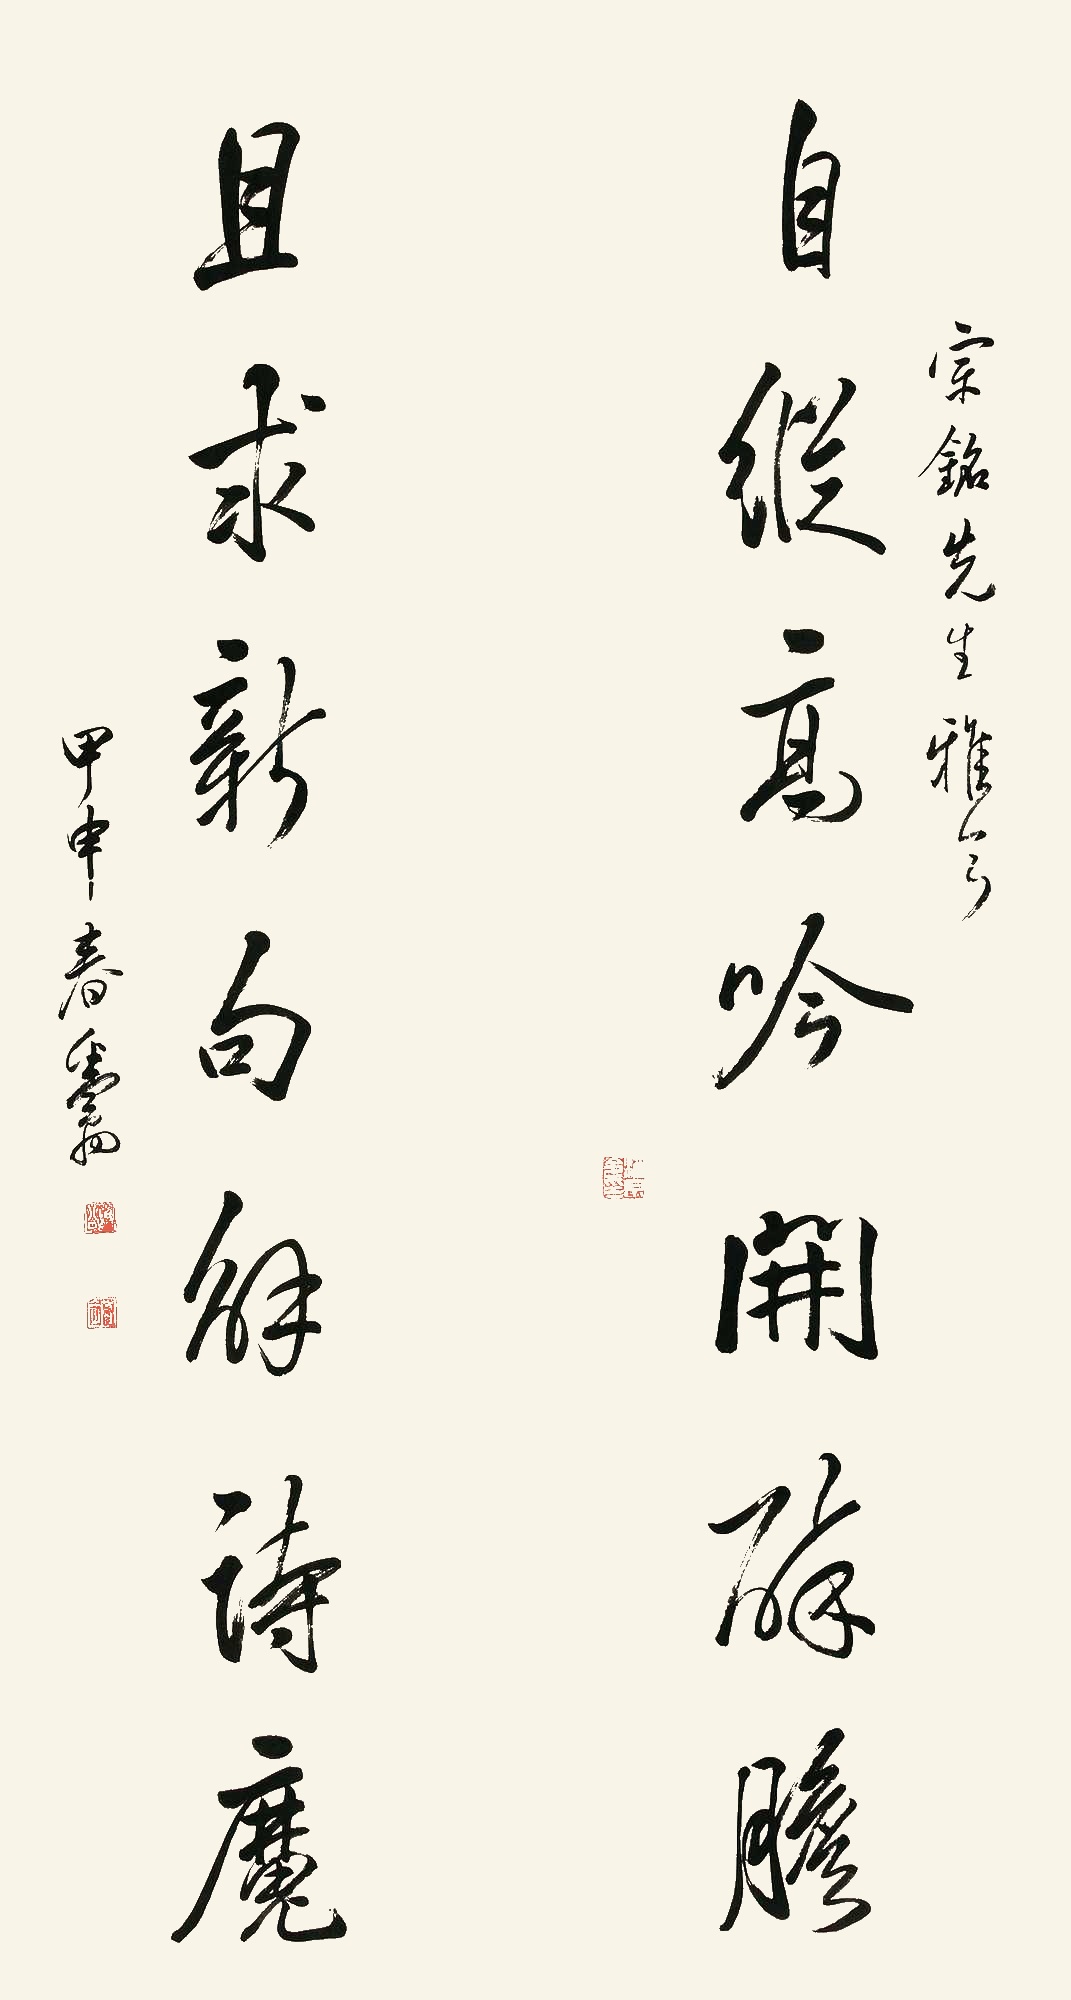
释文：自从高吟开醉胆，且秋新句解诗魔。宗铭先生雅正，甲申春粪翁。